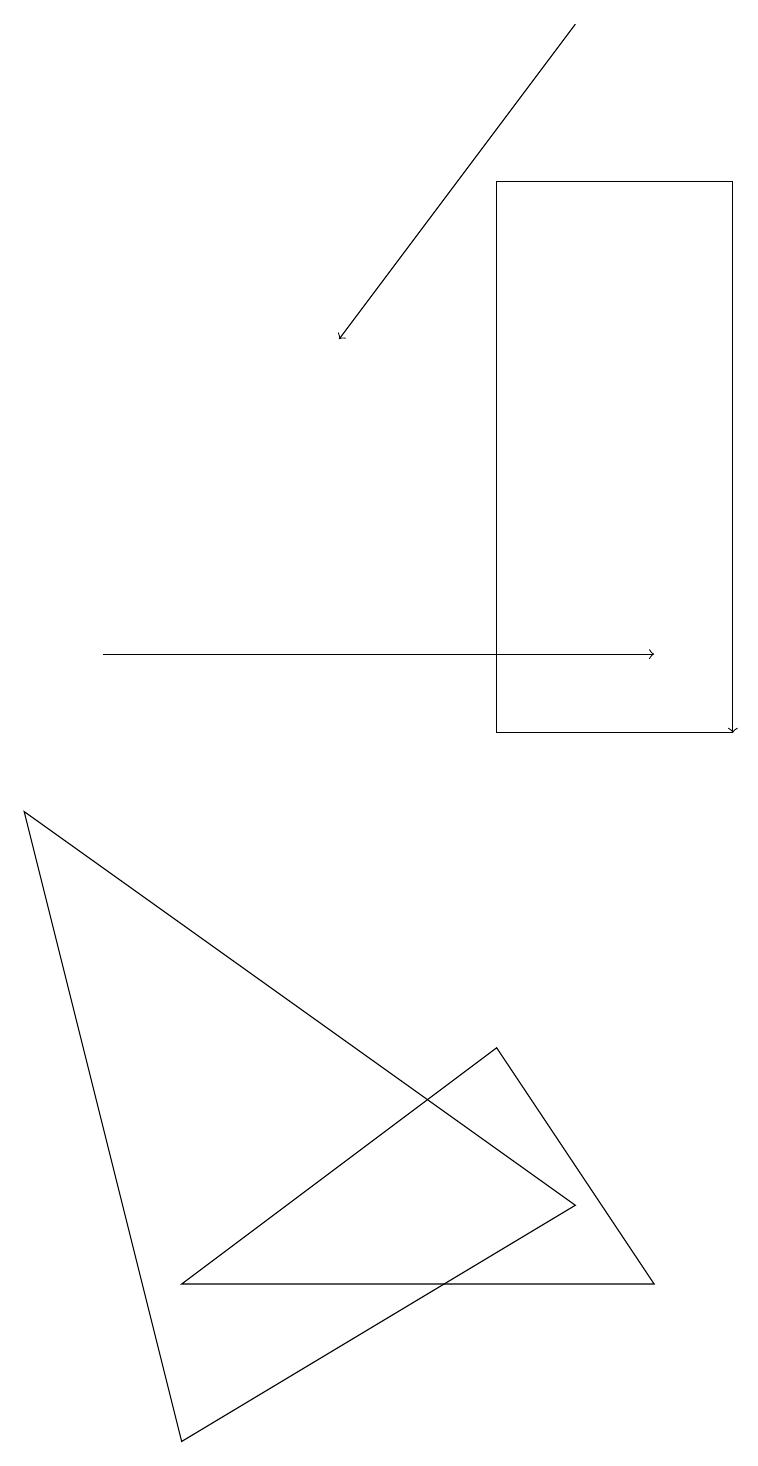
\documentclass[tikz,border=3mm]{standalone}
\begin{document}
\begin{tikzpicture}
\draw[->] (1,11) -- (8,11);
\draw (9,10) rectangle (6,17);
\draw (6,6) -- (2,3) -- (8,3) -- cycle;
\draw[->] (7,19) -- (4,15);
\draw (0,9) -- (7,4) -- (2,1) -- cycle;
\draw[->] (9,15) -- (9,10);
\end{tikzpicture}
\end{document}